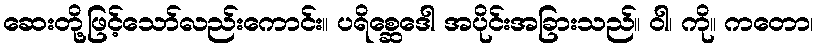
ဆေးတို့ဖြင့်သော်လည်းကောင်း။ ပရိစ္ဆေဒေါ အပိုင်းအခြားသည်။ ဝါ၊ ကို။ ကတော၊